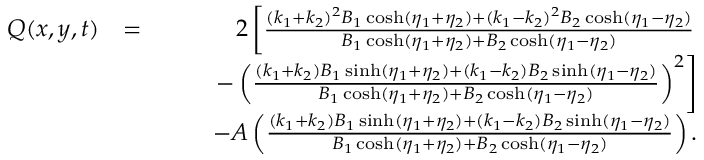
\begin{array} { r l r } { Q ( x , y , t ) } & { = } & { 2 \left[ \frac { ( k _ { 1 } + k _ { 2 } ) ^ { 2 } B _ { 1 } \cosh ( \eta _ { 1 } + \eta _ { 2 } ) + ( k _ { 1 } - k _ { 2 } ) ^ { 2 } B _ { 2 } \cosh ( \eta _ { 1 } - \eta _ { 2 } ) } { B _ { 1 } \cosh ( \eta _ { 1 } + \eta _ { 2 } ) + B _ { 2 } \cosh ( \eta _ { 1 } - \eta _ { 2 } ) } \right. } \\ & { } & { \qquad \left. - \left( \frac { ( k _ { 1 } + k _ { 2 } ) B _ { 1 } \sinh ( \eta _ { 1 } + \eta _ { 2 } ) + ( k _ { 1 } - k _ { 2 } ) B _ { 2 } \sinh ( \eta _ { 1 } - \eta _ { 2 } ) } { B _ { 1 } \cosh ( \eta _ { 1 } + \eta _ { 2 } ) + B _ { 2 } \cosh ( \eta _ { 1 } - \eta _ { 2 } ) } \right) ^ { 2 } \right] } \\ & { } & { \qquad - A \left( \frac { ( k _ { 1 } + k _ { 2 } ) B _ { 1 } \sinh ( \eta _ { 1 } + \eta _ { 2 } ) + ( k _ { 1 } - k _ { 2 } ) B _ { 2 } \sinh ( \eta _ { 1 } - \eta _ { 2 } ) } { B _ { 1 } \cosh ( \eta _ { 1 } + \eta _ { 2 } ) + B _ { 2 } \cosh ( \eta _ { 1 } - \eta _ { 2 } ) } \right) . } \end{array}